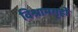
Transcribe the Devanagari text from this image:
विश्रामगृहों